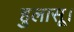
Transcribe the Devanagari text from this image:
हुलासू।